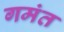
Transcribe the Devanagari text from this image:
गमंत